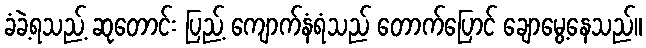
ခံခဲ့ရသည့် ဆုတောင်း ပြည့် ကျောက်နံရံသည် တောက်ပြောင် ချောမွေ့နေသည်။